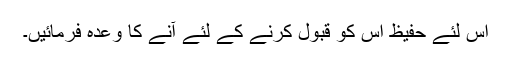
اس لئے حفیظ اس کو قبول کرنے کے لئے آنے کا وعدہ فرمائیں۔